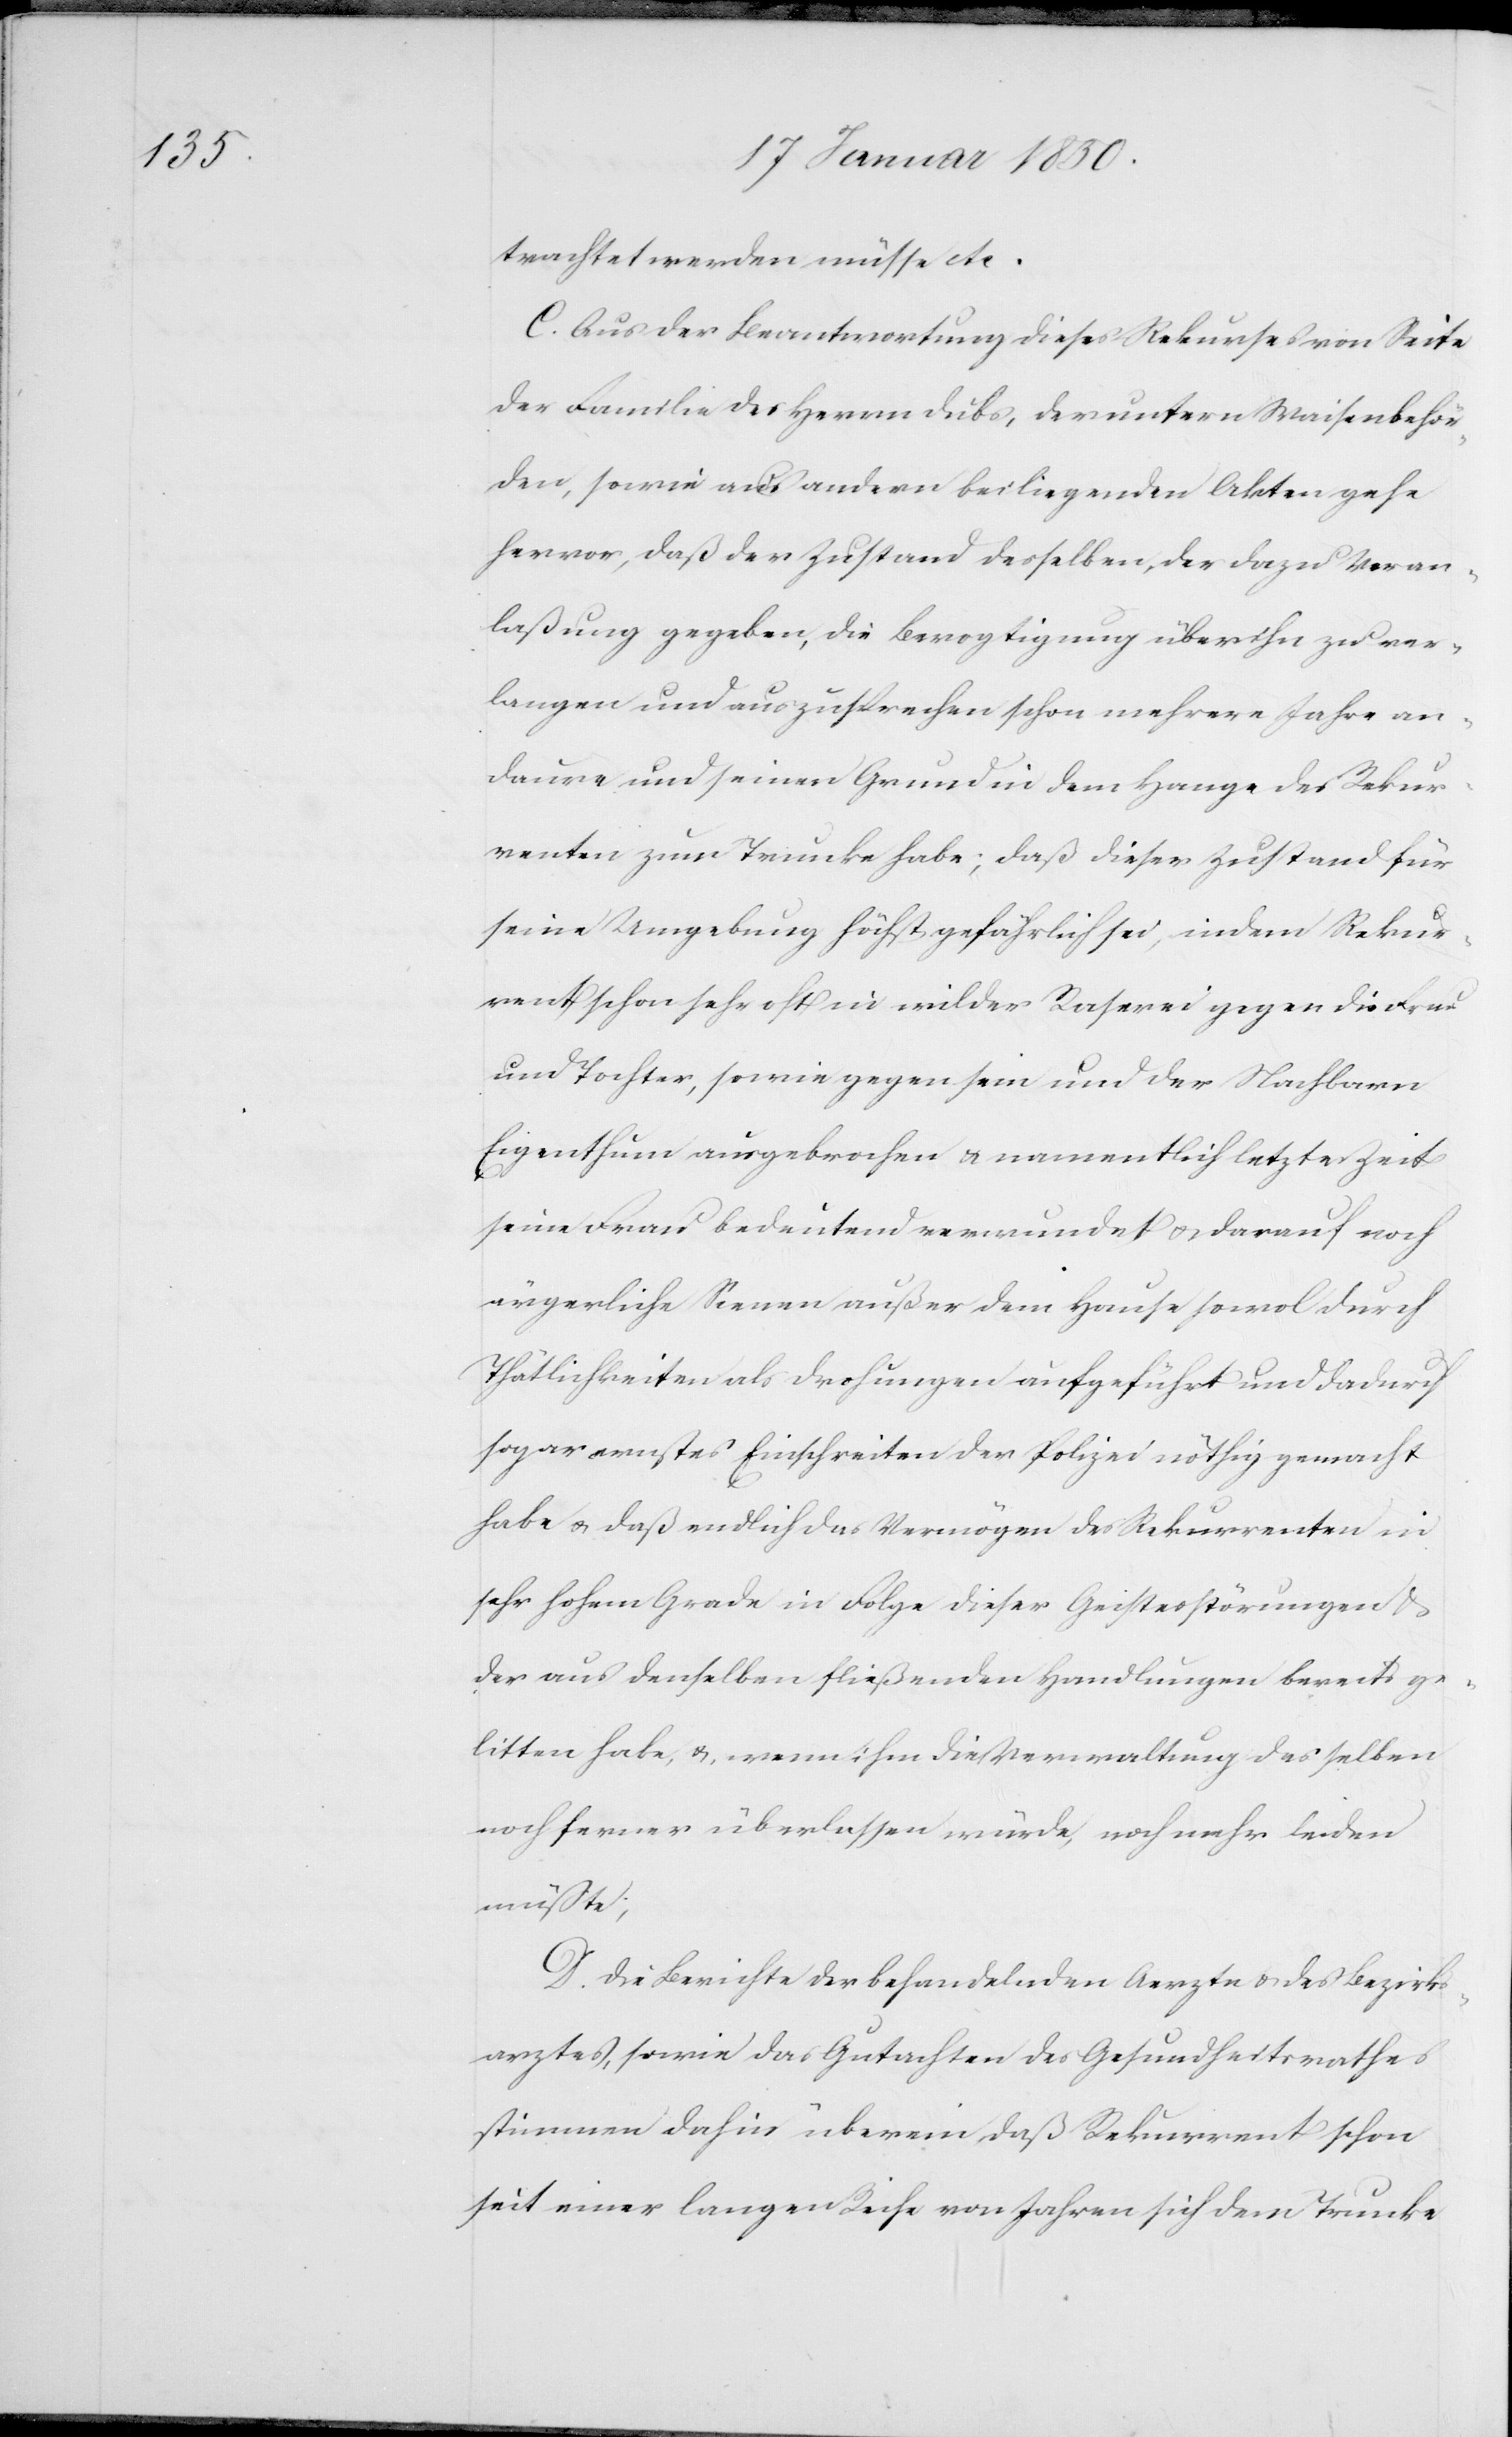
trachtet werden müsse etc.
C. Aus der Beantwortung dieses Rekurses von Seite
der Familie des Herrn Dubs, der untern Waisenbehör¬
den, sowie aus andern beiliegenden Akten gehe
hervor, daß der Zustand desselben, der dazu Veran¬
laßung gegeben, die Bevogtigung über ihn zu ver¬
langen und auszusprechen schon mehrere Jahre an¬
daure und seinen Grund in dem Hange des Rekur¬
renten zur Trunke habe; daß dieser Zustand für
seine Umgebung höchst gefährlich sei, indem Rekur¬
rent schon sehr oft in wilder Raserei gegen die Frau
und Tochter, sowie gegen sein und der Nachbarn
Eigenthum ausgebrochen u. namentlich letzte Zeit
seine Frau bedeutend verwundet u. darauf noch
ärgerliche Scenen außer dem Hause sowol durch
Thätlichkeiten als Drohungen aufgeführt und dadurch
sogar ernstes Einschreiten der Polizei nöthig gemacht
habe u. daß endlich das Vermögen des Rekurrenten in
sehr hohem Grade in Folge dieser Geistesstörungen u.
der aus denselben fließenden Handlungen bereits ge¬
litten habe, u., wenn ihm die Verwaltung desselben
noch ferner überlassen würde, noch mehr leiden
müßte;
D. Die Berichte der behandelnden Aerzte u. des Bezirks¬
arztes, sowie das Gutachten des Gesundheitsrathes
stimmen dahin überein daß Rekurrent schon
seit einer langen Reihe von Jahren sich dem Trunke